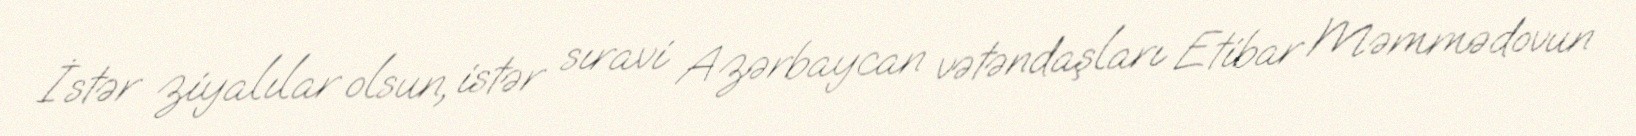
İstər ziyalılar olsun, istər sıravi Azərbaycan vətəndaşları Etibar Məmmədovun